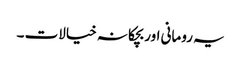
یہ رومانی اور بچکانہ خیالات ۔